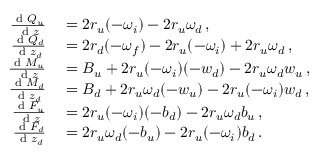
\begin{array} { r l } { \frac { \textnormal { d } Q _ { u } } { \textnormal { d } z } } & { { } = 2 r _ { u } ( - \omega _ { i } ) - 2 r _ { u } \omega _ { d } \, , } \\ { \frac { \textnormal { d } Q _ { d } } { \textnormal { d } z _ { d } } } & { { } = 2 r _ { d } ( - \omega _ { f } ) - 2 r _ { u } ( - \omega _ { i } ) + 2 r _ { u } \omega _ { d } \, , } \\ { \frac { \textnormal { d } M _ { u } } { \textnormal { d } z } } & { { } = B _ { u } + 2 r _ { u } ( - \omega _ { i } ) ( - w _ { d } ) - 2 r _ { u } \omega _ { d } w _ { u } \, , } \\ { \frac { \textnormal { d } M _ { d } } { \textnormal { d } z _ { d } } } & { { } = B _ { d } + 2 r _ { u } \omega _ { d } ( - w _ { u } ) - 2 r _ { u } ( - \omega _ { i } ) w _ { d } \, , } \\ { \frac { \textnormal { d } F _ { u } } { \textnormal { d } z } } & { { } = 2 r _ { u } ( - \omega _ { i } ) ( - b _ { d } ) - 2 r _ { u } \omega _ { d } b _ { u } \, , } \\ { \frac { \textnormal { d } F _ { d } } { \textnormal { d } z _ { d } } } & { { } = 2 r _ { u } \omega _ { d } ( - b _ { u } ) - 2 r _ { u } ( - \omega _ { i } ) b _ { d } \, . } \end{array}